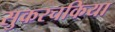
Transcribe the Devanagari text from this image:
सुकरचकिया